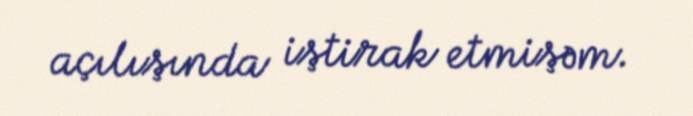
açılışında iştirak etmişəm.